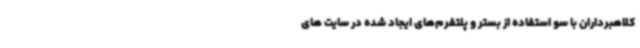
کلاهبرداران با سو استفاده از بستر و پلتفرم‌های ایجاد شده در سایت های